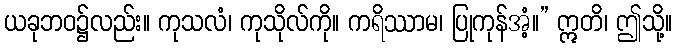
ယခုဘဝ၌လည်း။ ကုသလံ၊ ကုသိုလ်ကို။ ကရိဿာမ၊ ပြုကုန်အံ့။” ဣတိ၊ ဤသို့။